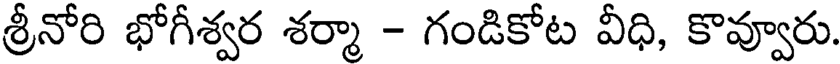
శ్రీనోరి భోగీశ్వర శర్మా - గండికోట వీధి, కొవ్వూరు.